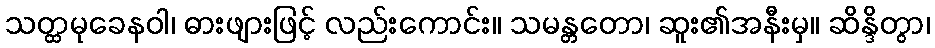
သတ္ထမုခေနဝါ၊ ဓားဖျားဖြင့် လည်းကောင်း။ သမန္တတော၊ ဆူး၏အနီးမှ။ ဆိန္ဒိတွာ၊